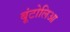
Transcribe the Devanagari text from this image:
बूंटोलिआ